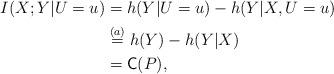
LaTeX: \begin{align*}I(X;Y|U=u) &= h(Y|U=u) - h(Y|X,U=u)\\&\stackrel{(a)}{=} h(Y) - h(Y|X) \\&= \textsf{C}(P),\end{align*}